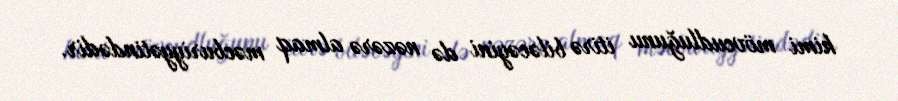
kimi mövcudluğunu itirə biləcəyini də nəzərə almaq məcburiyyətindədir.